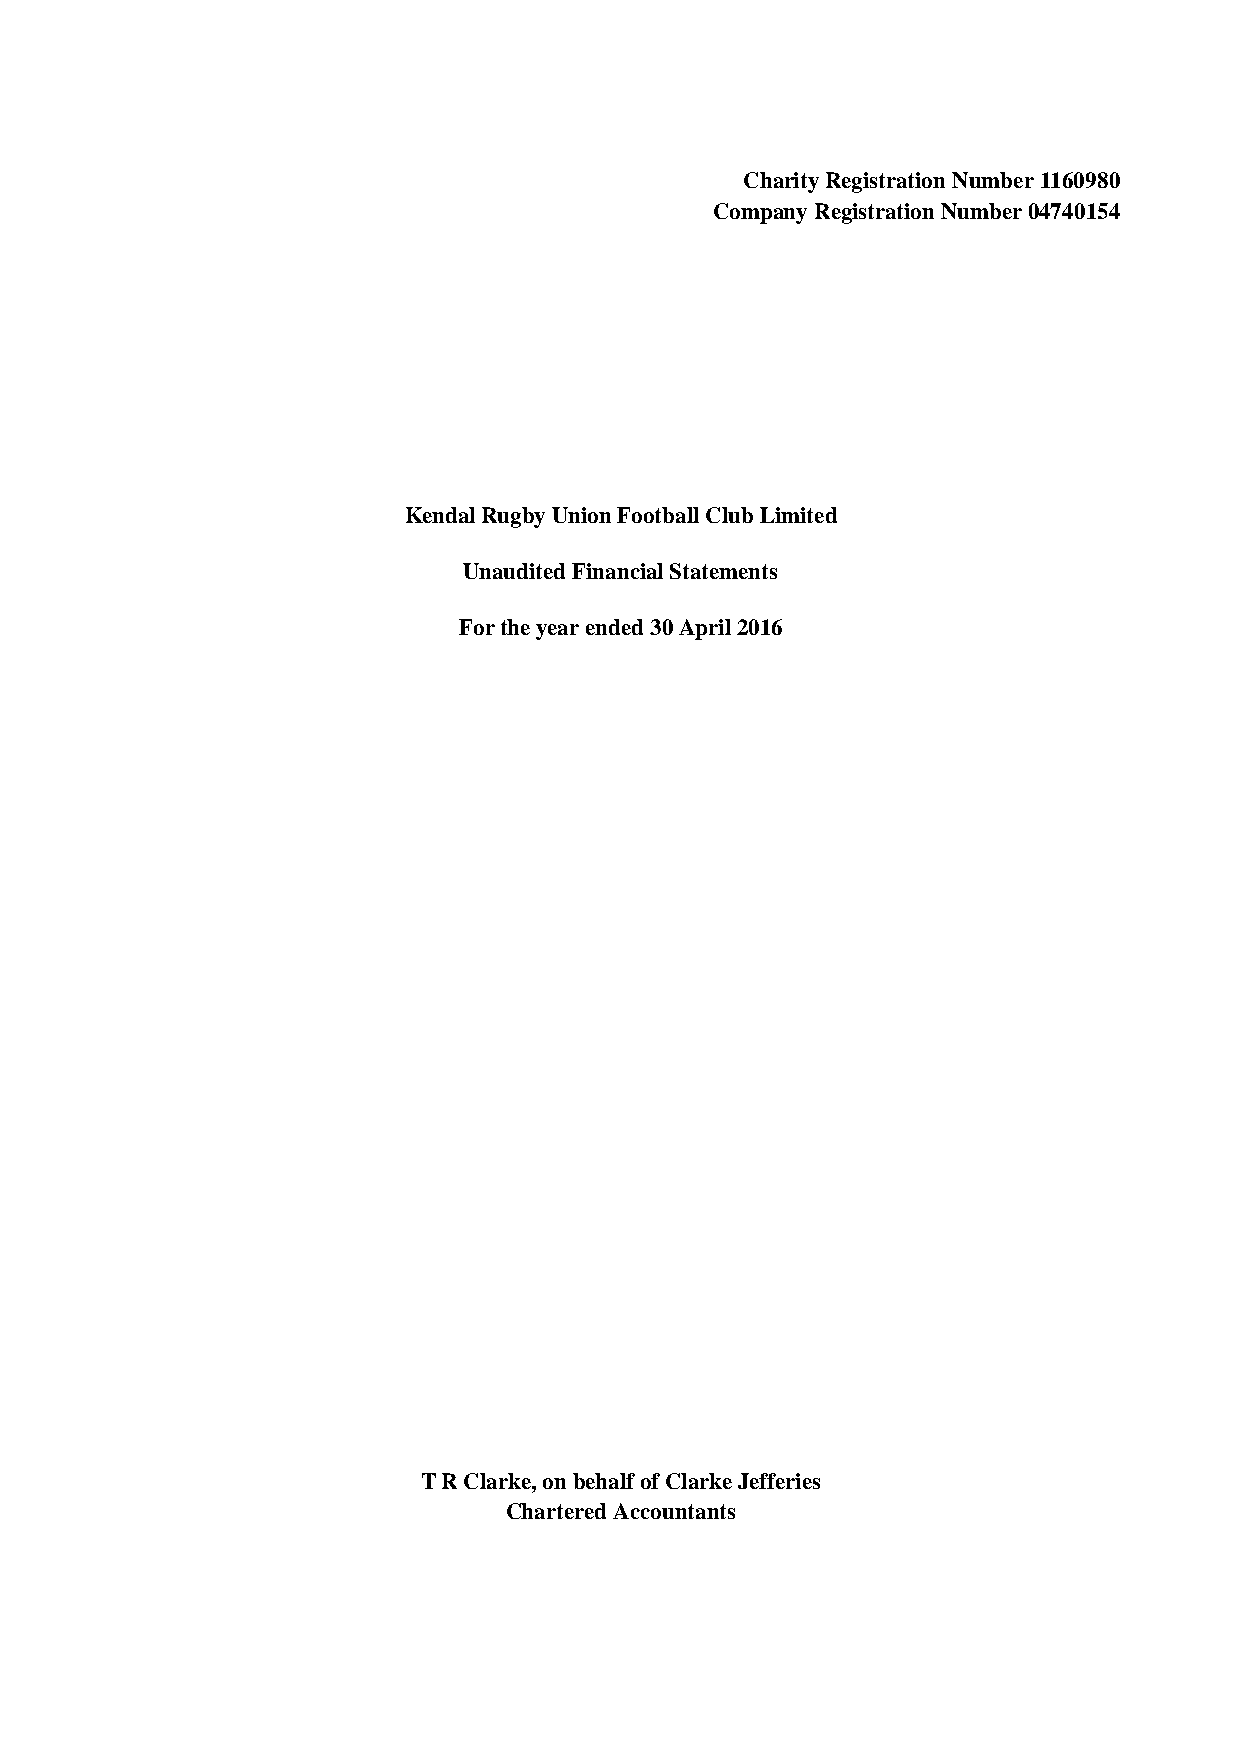
Charity Registration Number 1160980
 Company Registration Number 04740154
 Kendal Rugby Union Football Club Limited
 Unaudited Financial Statements
 For the year ended 30 April 2016
 T R Clarke, on behalf of Clarke Jefferies
 Chartered Accountants